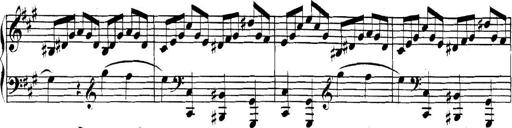
Title: Collected Piano Sonatas
Composer: Muzio Clementi